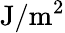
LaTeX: \textup{J}/\textup{m}^{2}